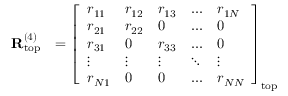
\begin{array} { r l } { \mathbf { R } _ { \mathrm { t o p } } ^ { ( 4 ) } } & { = \left[ \begin{array} { l l l l l } { r _ { 1 1 } } & { r _ { 1 2 } } & { r _ { 1 3 } } & { \dots } & { r _ { 1 N } } \\ { r _ { 2 1 } } & { r _ { 2 2 } } & { 0 } & { \dots } & { 0 } \\ { r _ { 3 1 } } & { 0 } & { r _ { 3 3 } } & { \dots } & { 0 } \\ { \vdots } & { \vdots } & { \vdots } & { \ddots } & { \vdots } \\ { r _ { N 1 } } & { 0 } & { 0 } & { \dots } & { r _ { N N } } \end{array} \right] _ { \mathrm { t o p } } } \end{array}